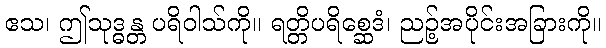
ဧသ၊ ဤသုဒ္ဓန္တ ပရိဝါသ်ကို။ ရတ္တိပရိစ္ဆေဒံ၊ ညဉ့်အပိုင်းအခြားကို။